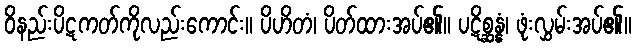
ဝိနည်းပိဋကတ်ကိုလည်းကောင်း။ ပိဟိတံ၊ ပိတ်ထားအပ်၏။ ပဋိစ္ဆန္နံ၊ ဖုံးလွှမ်းအပ်၏။